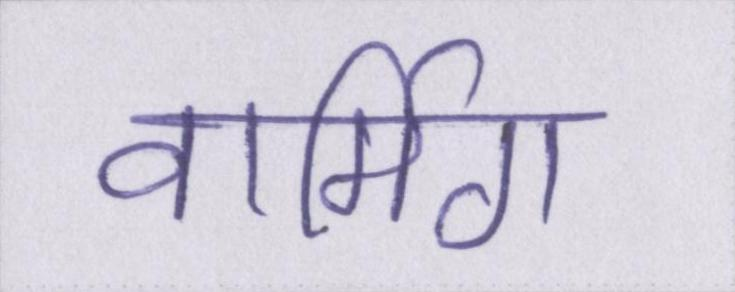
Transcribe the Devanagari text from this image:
वार्मिग